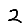
Digit: 2